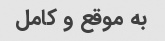
به موقع و کامل